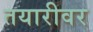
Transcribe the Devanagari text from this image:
तयारीवर